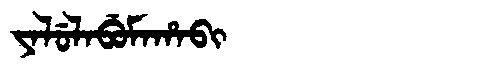
Manchu: ᠶᠠᠯᡠᠯᠠᠪᡠᠮᠠᡥᠠᠪᡳ
Romanization: YALULABUMAHABI